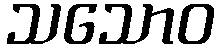
သသောဝ